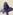
Text: +